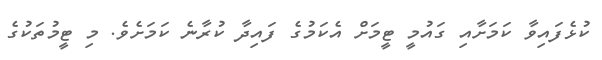
ކުޅެފައިވާ ކަމަށާއި ގައުމީ ޓީމަށް އެކަމުގެ ފައިދާ ކުރާނެ ކަމަށެވެ. މި ޓީމުތަކުގެ